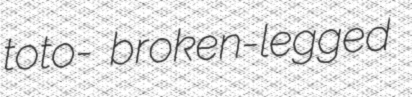
toto- broken-legged